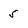
Character: 5